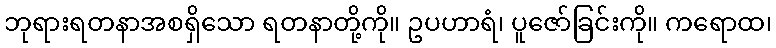
ဘုရားရတနာအစရှိသော ရတနာတို့ကို။ ဥပဟာရံ၊ ပူဇော်ခြင်းကို။ ကရောထ၊